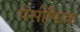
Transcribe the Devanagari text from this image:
पेसीफिक